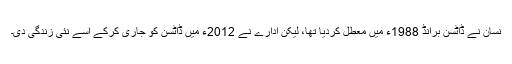
نسان نے ڈاٹسن برانڈ 1988ء میں معطل کردیا تھا، لیکن ادارے نے 2012ء میں ڈاٹسن کو جاری کرکے اسے نئی زندگی دی۔